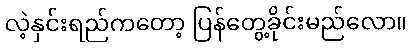
လဲ့နှင်းရည်ကတော့ ပြန်တွေ့ခိုင်းမည်လော။